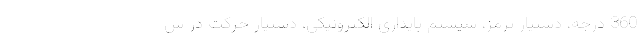
360 درجه، دستیار ترمز، سیستم پایداری الکترونیکی، دستیار حرکت در س